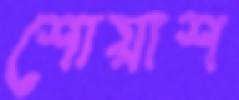
শোয়াশ